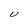
Character: U